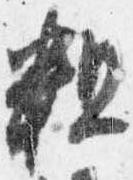
粗